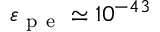
\varepsilon _ { \mathrm { ~ p ~ e ~ } } \simeq 1 0 ^ { - 4 3 }